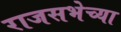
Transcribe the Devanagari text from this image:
राजसभेच्या